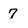
Character: 7